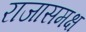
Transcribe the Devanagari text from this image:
राजासमक्ष